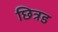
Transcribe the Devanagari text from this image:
छित्रड